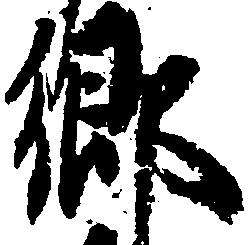
郷